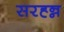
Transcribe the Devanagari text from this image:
सरह्न्न